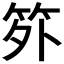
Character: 𬔷